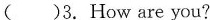
()3.How are you?